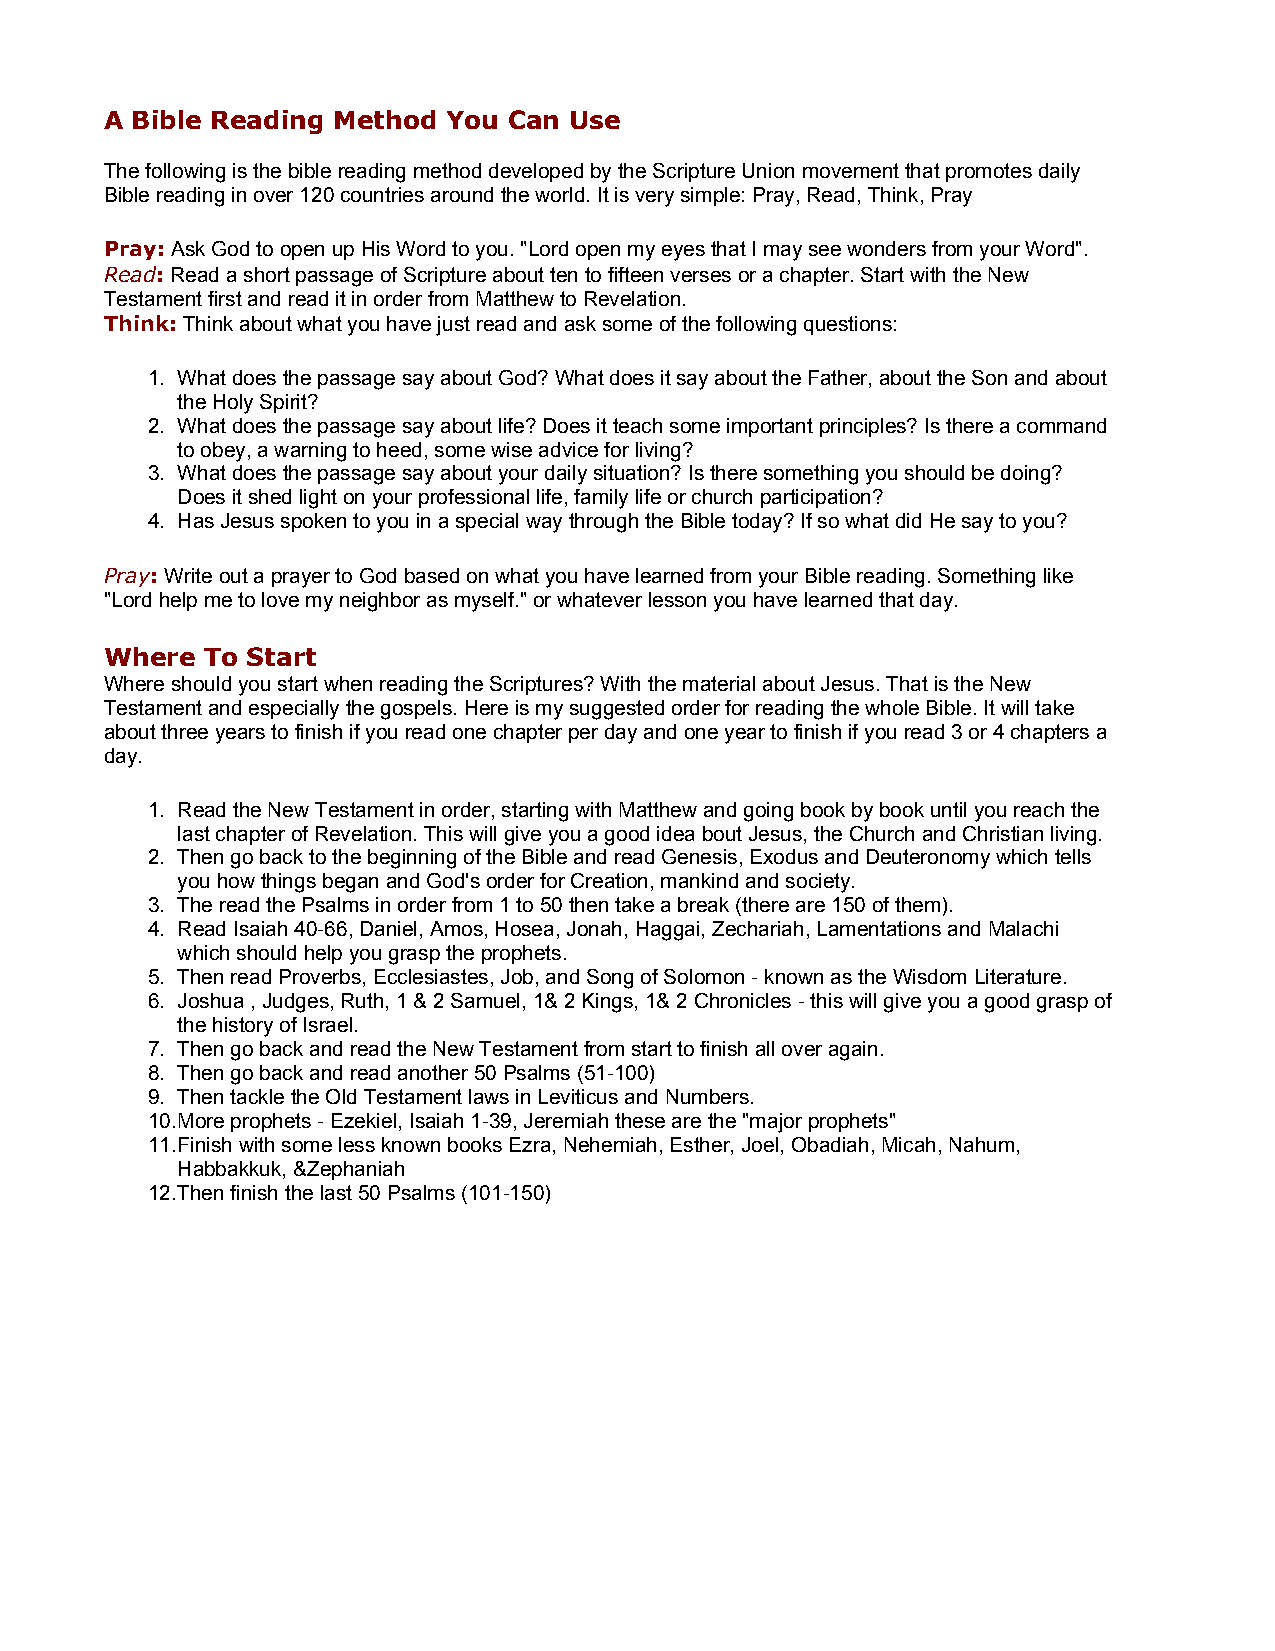
A Bible Reading Method You Can Use
 The following is the bible reading method developed by the Scripture Union movement that promotes daily
 Bible reading in over 120 countries around the world. It is very simple: Pray, Read, Think, Pray
 Pray: Ask God to open up His Word to you. "Lord open my eyes that I may see wonders from your Word".
 Read: Read a short passage of Scripture about ten to fifteen verses or a chapter. Start with the New
 Testament first and read it in order from Matthew to Revelation.
 Think: Think about what you have just read and ask some of the following questions:
 1. What does the passage say about God? What does it say about the Father, about the Son and about
 the Holy Spirit?
 2. What does the passage say about life? Does it teach some important principles? Is there a command
 to obey, a warning to heed, some wise advice for living?
 3. What does the passage say about your daily situation? Is there something you should be doing?
 Does it shed light on your professional life, family life or church participation?
 4. Has Jesus spoken to you in a special way through the Bible today? If so what did He say to you?
 Pray: Write out a prayer to God based on what you have learned from your Bible reading. Something like
 "Lord help me to love my neighbor as myself." or whatever lesson you have learned that day.
 Where To Start
 Where should you start when reading the Scriptures? With the material about Jesus. That is the New
 Testament and especially the gospels. Here is my suggested order for reading the whole Bible. It will take
 about three years to finish if you read one chapter per day and one year to finish if you read 3 or 4 chapters a
 day.
 1. Read the New Testament in order, starting with Matthew and going book by book until you reach the
 last chapter of Revelation. This will give you a good idea bout Jesus, the Church and Christian living.
 2. Then go back to the beginning of the Bible and read Genesis, Exodus and Deuteronomy which tells
 you how things began and God's order for Creation, mankind and society.
 3. The read the Psalms in order from 1 to 50 then take a break (there are 150 of them).
 4. Read Isaiah 40-66, Daniel, Amos, Hosea, Jonah, Haggai, Zechariah, Lamentations and Malachi
 which should help you grasp the prophets.
 5. Then read Proverbs, Ecclesiastes, Job, and Song of Solomon - known as the Wisdom Literature.
 6. Joshua , Judges, Ruth, 1 & 2 Samuel, 1& 2 Kings, 1& 2 Chronicles - this will give you a good grasp of
 the history of Israel.
 7. Then go back and read the New Testament from start to finish all over again.
 8. Then go back and read another 50 Psalms (51-100)
 9. Then tackle the Old Testament laws in Leviticus and Numbers.
 10.More prophets - Ezekiel, Isaiah 1-39, Jeremiah these are the "major prophets"
 11.Finish with some less known books Ezra, Nehemiah, Esther, Joel, Obadiah, Micah, Nahum,
 Habbakkuk, &Zephaniah
 12.Then finish the last 50 Psalms (101-150)